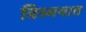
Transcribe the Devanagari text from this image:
विस्मयात